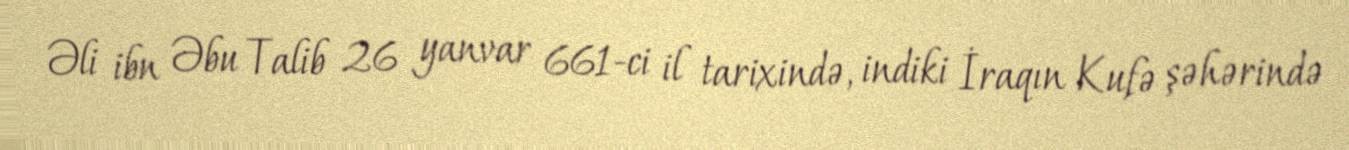
Əli ibn Əbu Talib 26 yanvar 661-ci il tarixində, indiki İraqın Kufə şəhərində